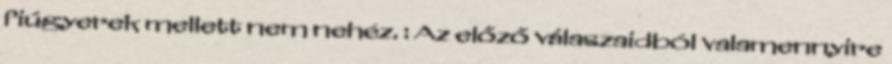
fiúgyerek mellett nem nehéz. : Az előző válaszaidból valamennyire